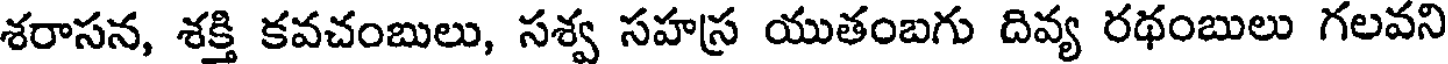
శరాసన, శక్తి కవచంబులు, సశ్వ సహస్ర యుతంబగు దివ్య రథంబులు గలవని